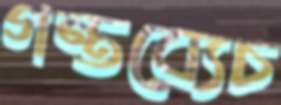
গন্তব্যেচ